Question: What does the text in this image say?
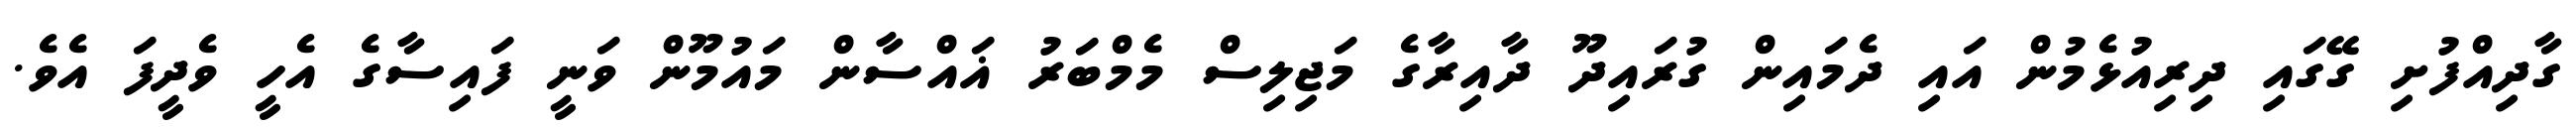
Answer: ގާދިއްފުށި ގޭގައި ދިރިއުޅެމުން އައި ދެމައިން ގުރައިދޫ ދާއިރާގެ މަޖިލިސް މެމްބަރު ޣައްސާން މައުމޫން ވަނީ ފައިސާގެ އެހީ ވެދީފަ އެވެ.